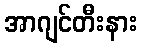
အာဂျင်တီးနား